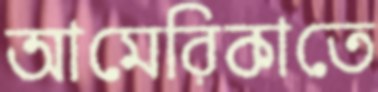
আমেরিকাতে